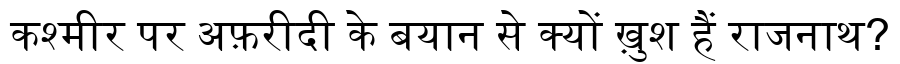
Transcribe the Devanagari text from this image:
कश्मीर पर अफ़रीदी के बयान से क्यों ख़ुश हैं राजनाथ?